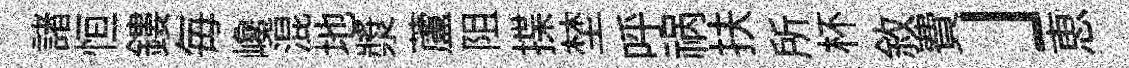
諸恒鏤毎巉混地漿蘆阻揲埜呼祸扶所杯敘費」恵